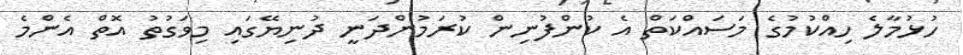
ހުޅުމާލެ ހިއްކުމުގެ މަސައްކަތް އެ ކުންފުނިން ކުރަމުންދަނީ ދުނިޔޭގައި މިވަގުތު އޮތް އެންމެ